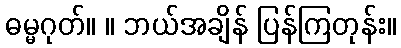
ဓမ္မဂုတ်။ ။ ဘယ်အချိန် ပြန်ကြတုန်း။